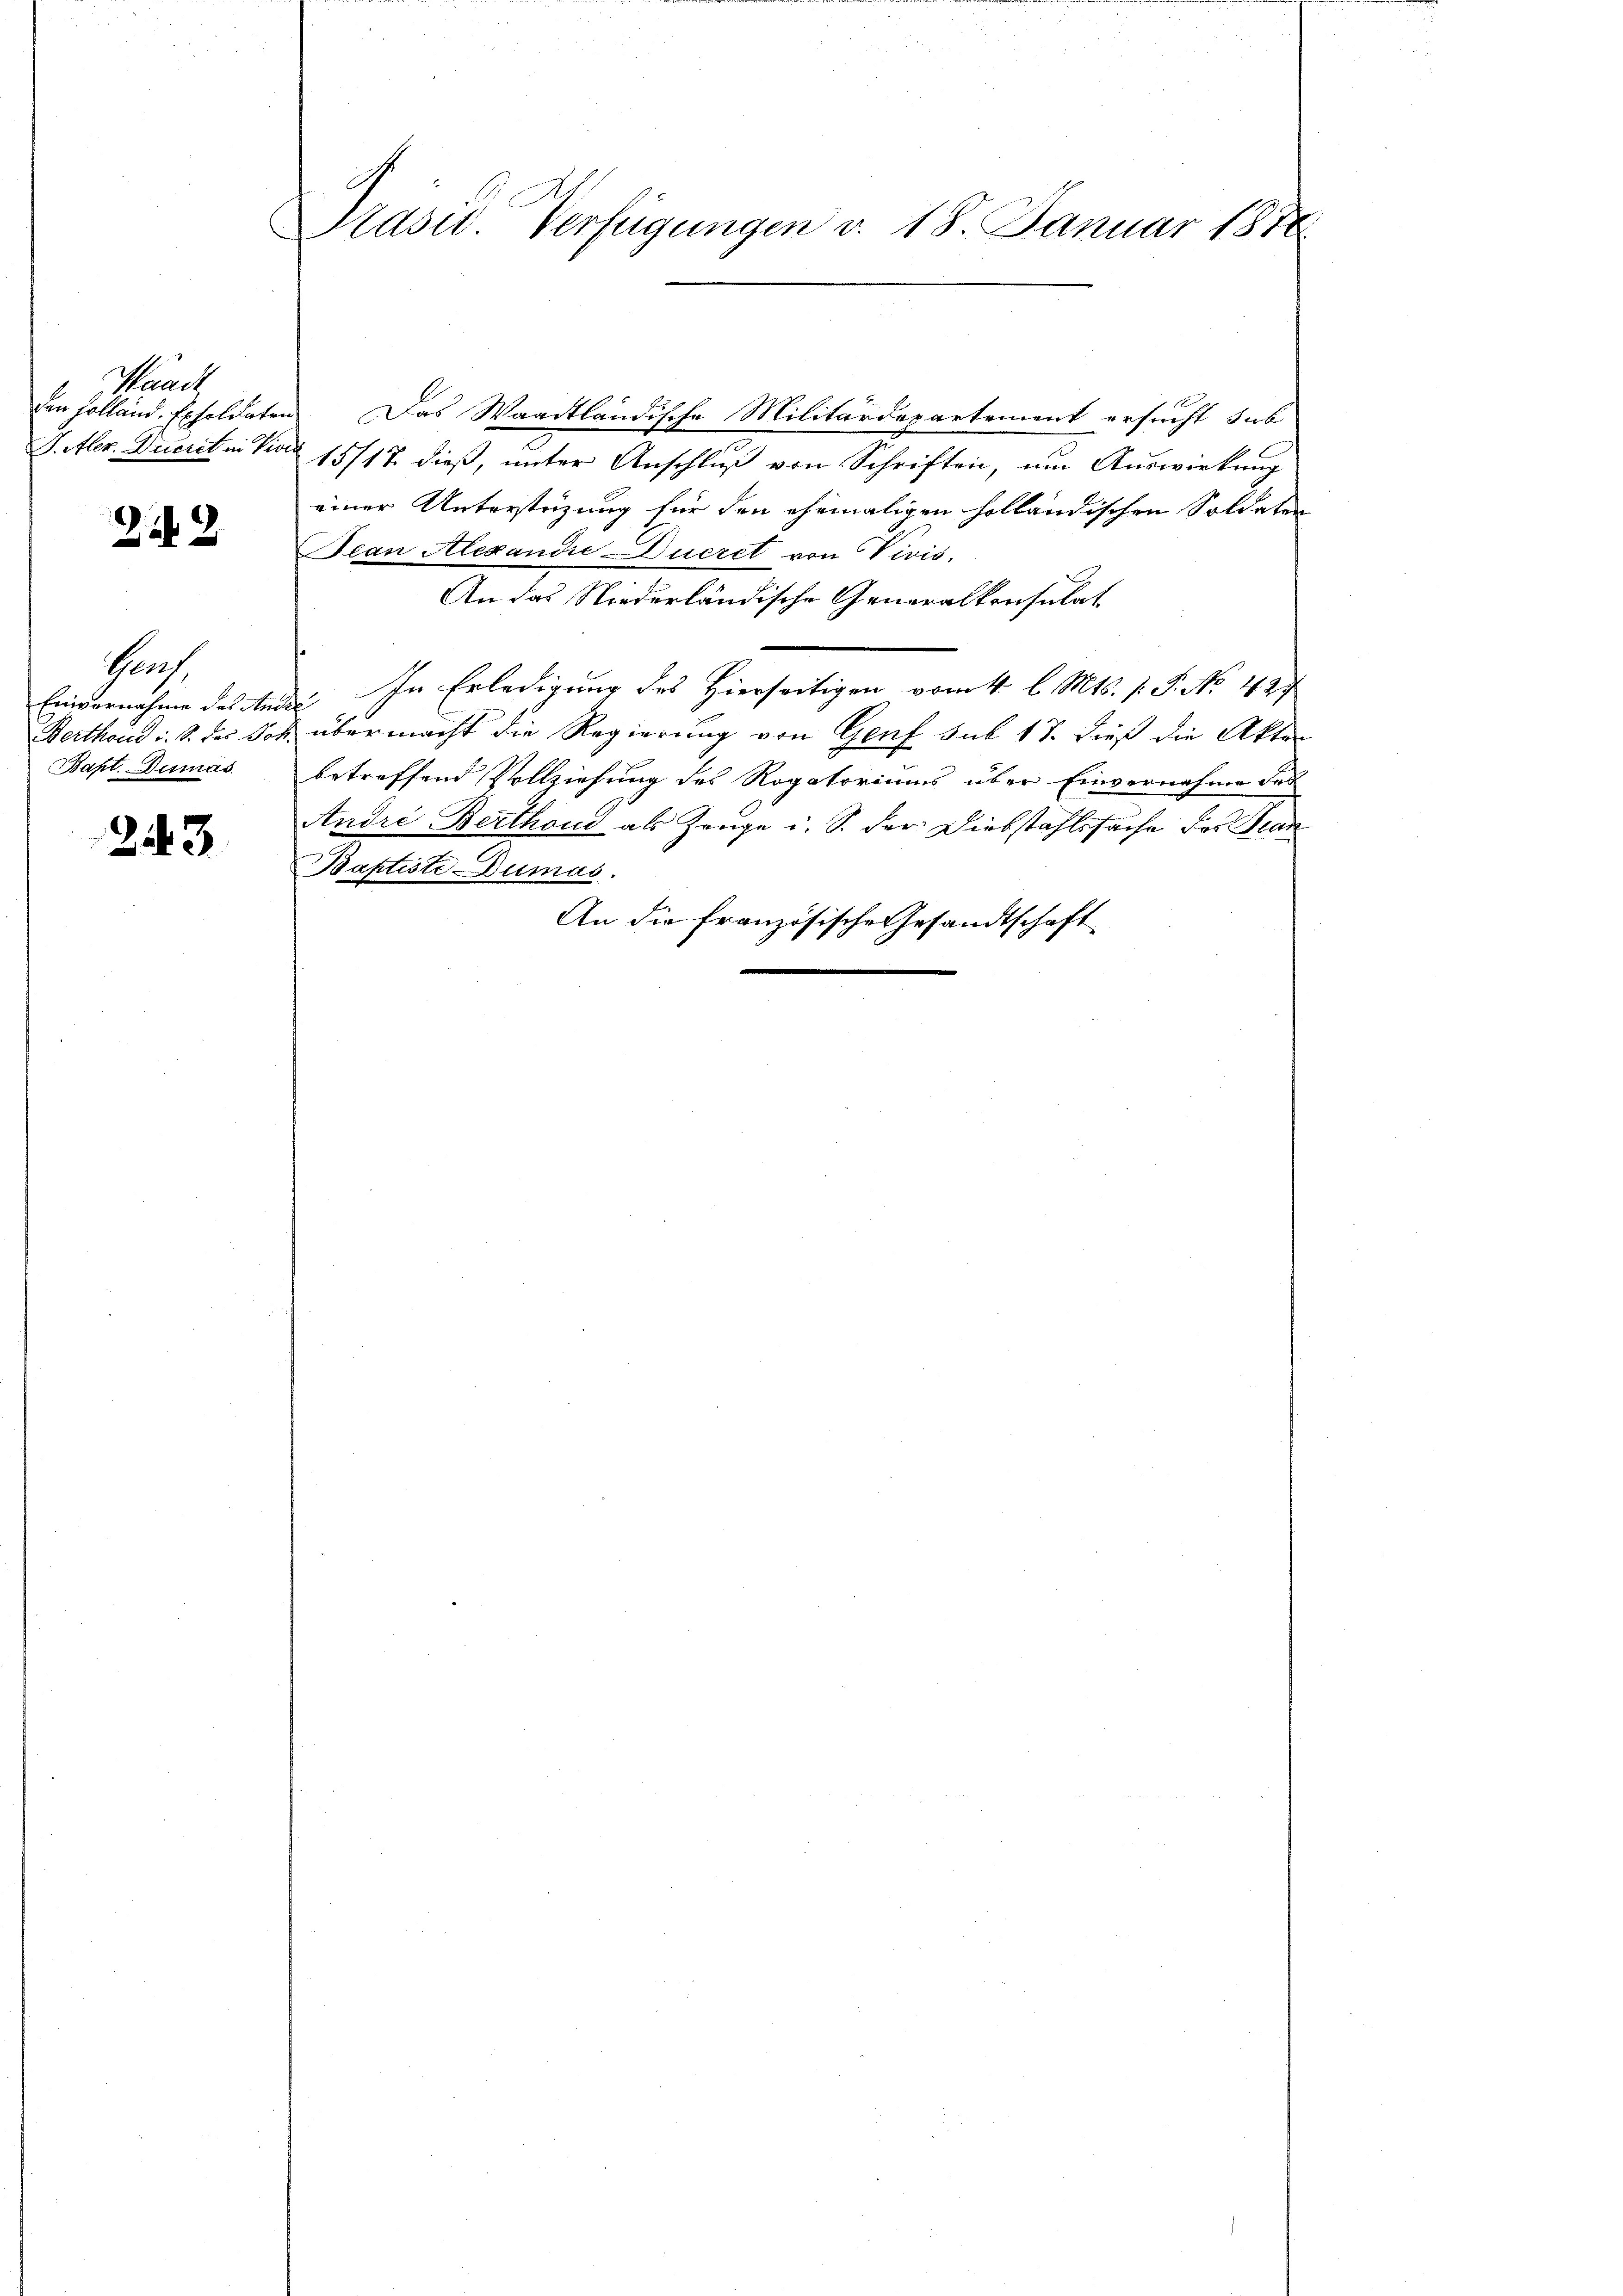
Waadt
Stler. Discret in Vice

22

Grach.
Berthoud i. S. des Jos.
Bapt. Dumas

243

Präsid. Verfügungen v. 18. Januar 1870

Den Holland-Exsoldaten. Das Waadtländische Militärdepartement ersucht sub
15/17. dieß, unter Anschluß von Schriften, um Auswirkung
einer Unterstüzung für den ehemaligen solländischen Soldaten
Jean Alexandre Ducret von Vivis,
An das Niederländische Generalkonsulat
.
Einvernahme des Ander. In Erledigung des Hierseitigen vom 4. l. Mts. 1. P. No 427
 übermacht die Regierung von Genf sub 18. dieß die Akten
betreffend Vollziehung des Rogatoriums über Einvernahme des
Andre Berthoud als Zeuge u. S. der Diebstahlssache des San
Baptiste Dumas.
An die französische Gesandtschaft